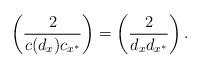
LaTeX: \begin{align*}\left(\frac{2}{c(d_x)c_{x^*}}\right)=\left(\frac{2}{d_xd_{x^*}}\right).\end{align*}